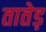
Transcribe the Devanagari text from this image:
तातेड़